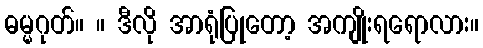
ဓမ္မဂုတ်။ ။ ဒီလို အာရုံပြုတော့ အကျိုးရရောလား။